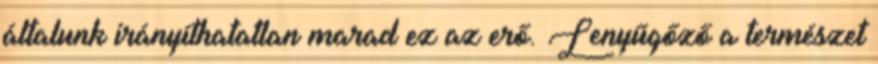
általunk irányíthatatlan marad ez az erő. Lenyűgőző a természet